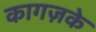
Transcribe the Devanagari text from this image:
कागज़के